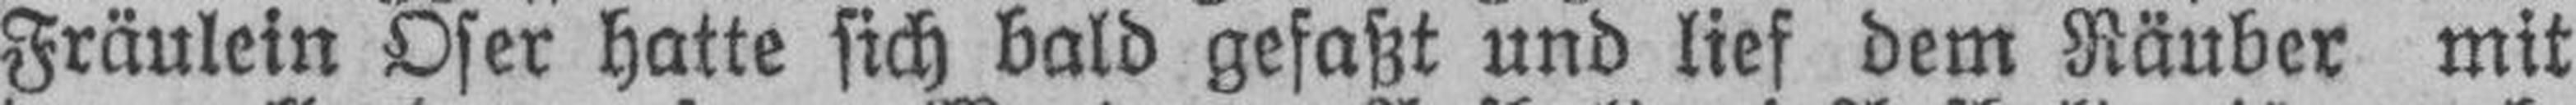
Fräulein Oser hatte sich bald gefaßt und lief dem Räuber mit